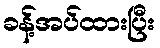
ခန့်အပ်ထားပြီး